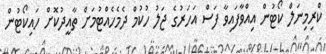
ކްރިމިނަލް ކޯޓުން އިއްވާފައިވާ ފަސް އަހަރުގެ ޖަލު ހުކުމް ދެމެހެއްޓުމަށް ތާއީދުކޮށް ހައިކޯޓުން